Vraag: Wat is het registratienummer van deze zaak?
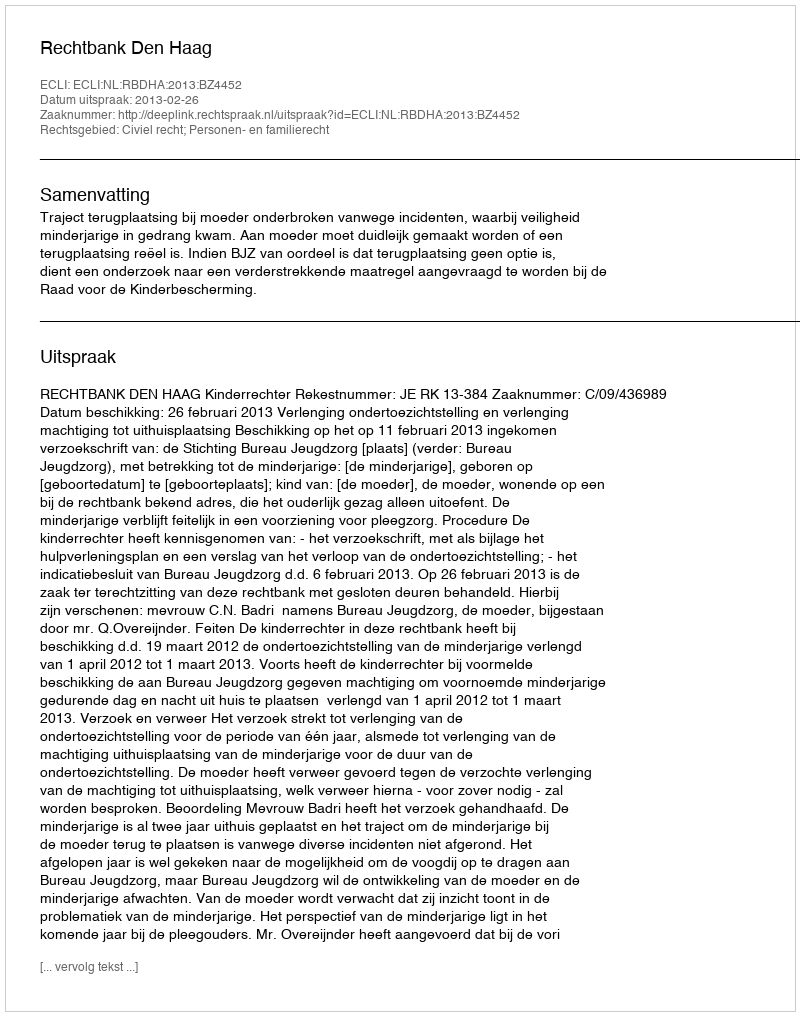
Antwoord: http://deeplink.rechtspraak.nl/uitspraak?id=ECLI:NL:RBDHA:2013:BZ4452